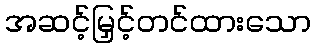
အဆင့်မြှင့်တင်ထားသော